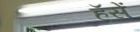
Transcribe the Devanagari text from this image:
हॅसें